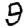
Digit: 9